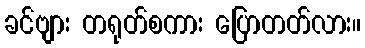
ခင်ဗျား တရုတ်စကား ပြောတတ်လား။